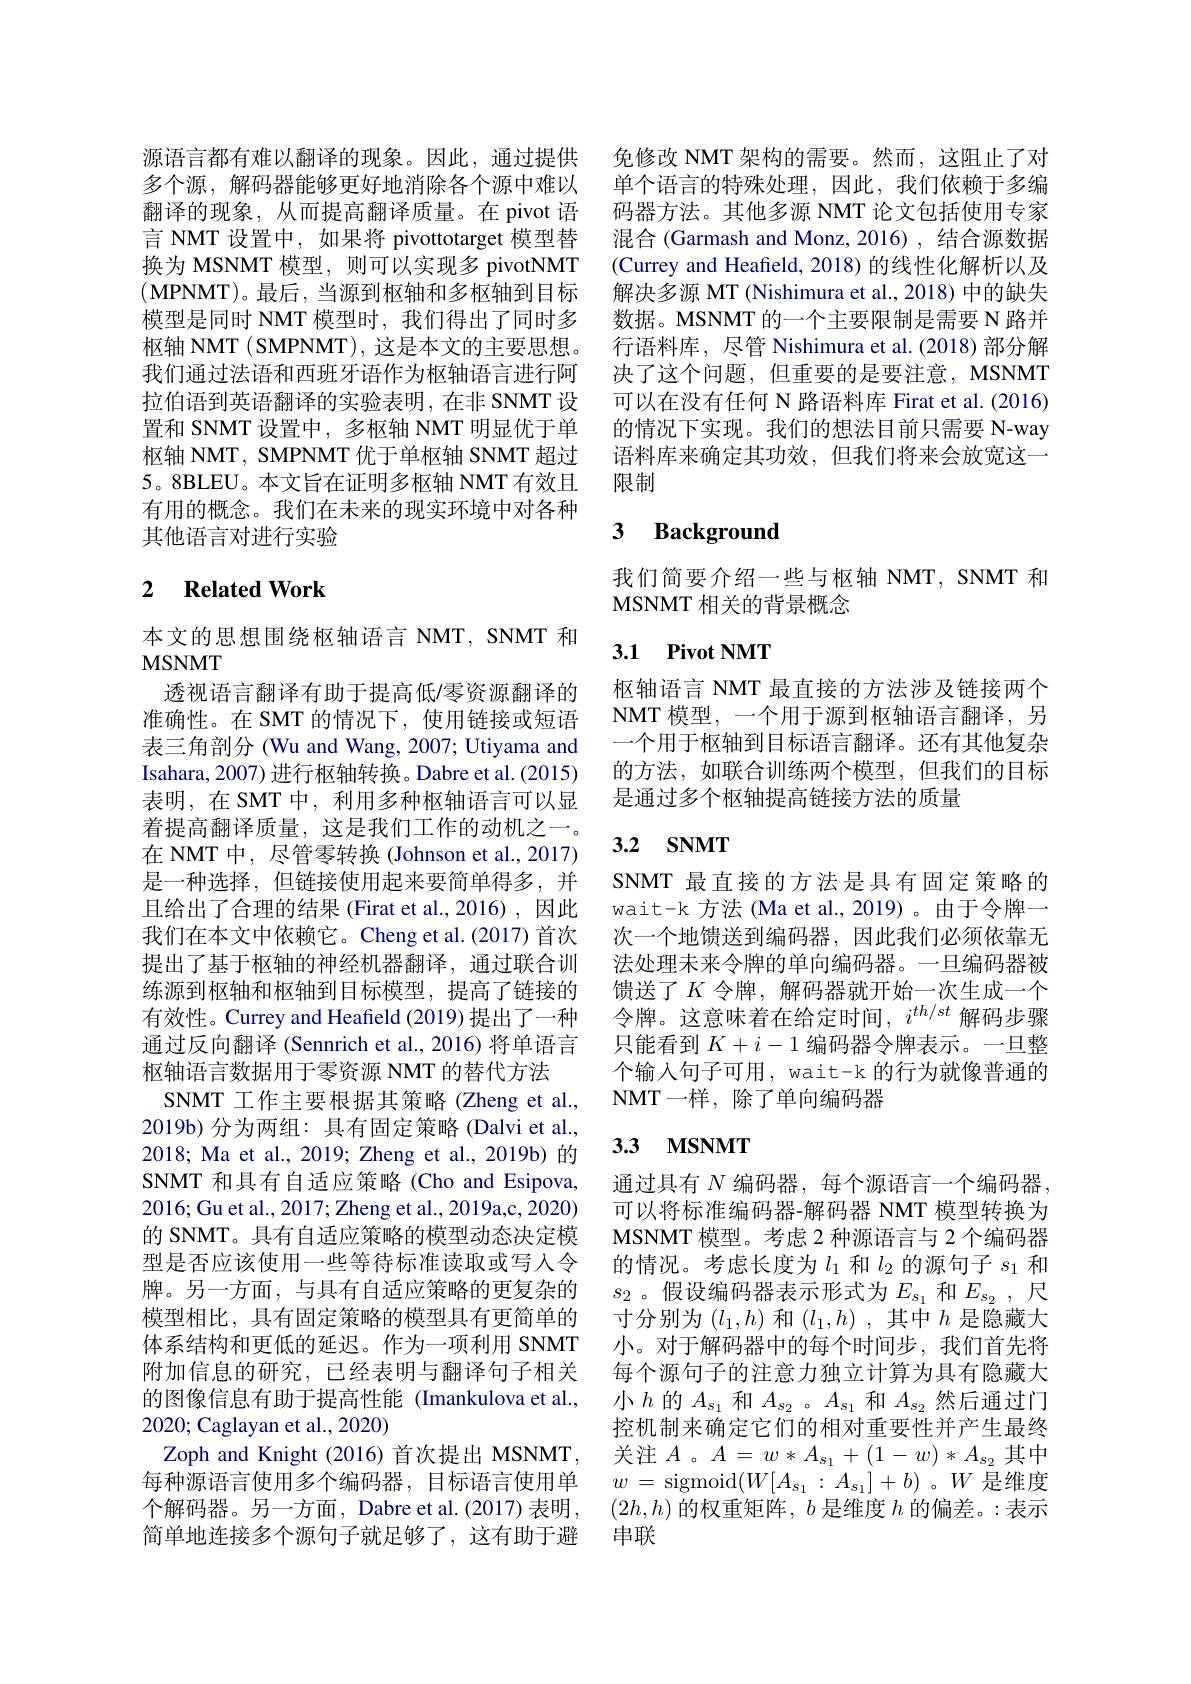
源语言都有难以翻译的现象。因此，通过提供多个源，解码器能够更好地消除各个源中难以翻译的现象，从而提高翻译质量。在 pivot 语言 NMT 设置中，如果将 pivottotarget 模型替换为 MSNMT 模型，则可以实现多 pivotNMT $(\mathbf{MPNMT})$。最后，当源到枢轴和多枢轴到目标模型是同时 NMT 模型时，我们得出了同时多枢轴 NMT ( SMPNMT), 这是本文的主要思想。我们通过法语和西班牙语作为枢轴语言进行阿拉伯语到英语翻译的实验表明，在非 SNMT 设置和 SNMT 设置中，多枢轴 NMT 明显优于单枢轴 NMT, SMPNMT 优于单枢轴 SNMT 超过5。8BLEU。本文旨在证明多枢轴 NMT 有效且有用的概念。我们在未来的现实环境中对各种其他语言对进行实验

## 2 $\textbf{Related Work}$

本文的思想围绕枢轴语言 NMT, SNMT 和
MSNMT
透视语言翻译有助于提高低/零资源翻译的准确性。在 SMT 的情况下，使用链接或短语表三角剖分 (Wu and Wang, 2007; Utiyama and Isahara, 2007) 进行枢轴转换。Dabre et al. (2015) 表明，在 SMT 中，利用多种枢轴语言可以显着提高翻译质量，这是我们工作的动机之一。在 NMT 中，尽管零转换 (Johnson et al., 2017) 是一种选择，但链接使用起来要简单得多，并且给出了合理的结果 (Firat et al.,2016),因此我们在本文中依赖它。Cheng et al.(2017) 首次提出了基于枢轴的神经机器翻译，通过联合训练源到枢轴和枢轴到目标模型，提高了链接的有效性。Currey and Heafield (2019) 提出了一种通过反向翻译 (Sennrich et al., 2016) 将单语言枢轴语言数据用于零资源 NMT 的替代方法
SNMT 工作主要根据其策略(Zheng et al., 2019b)分为两组：具有固定策略(Dalvi et al., 2018; Ma et al., 2019; Zheng et al., 2019b)的SNMT 和具有自适应策略(Cho and Esipova, 2016;Gu et al., 2017; Zheng et al., 2019a,c, 2020) 的 SNMT。具有自适应策略的模型动态决定模型是否应该使用一些等待标准读取或写人令牌。另一方面，与具有自适应策略的更复杂的模型相比，具有固定策略的模型具有更简单的体系结构和更低的延迟。作为一项利用 SNMT 附加信息的研究，已经表明与翻译句子相关的图像信息有助于提高性能 (Imankulova et al., 2020; Caglayan et al., 2020)
Zoph and Knight (2016) 首次提出 MSNMT, 每种源语言使用多个编码器，目标语言使用单个解码器。另一方面，Dabre et al.(2017) 表明， 简单地连接多个源句子就足够了，这有助于避

免修改 NMT 架构的需要。然而，这阻止了对单个语言的特殊处理，因此，我们依赖于多编码器方法。其他多源 NMT 论文包括使用专家混合 (Garmash and Monz, 2016) , 结合源数据(Currey and Heafield, 2018) 的线性化解析以及解决多源 MT (Nishimura et al., 2018) 中的缺失数据。MSNMT 的一个主要限制是需要 N 路并行语料库，尽管 Nishimura et al.(2018)部分解决了这个问题，但重要的是要注意，MSNMT 可以在没有任何 N 路语料库 Firat et al. (2016) 的情况下实现。我们的想法目前只需要 N-way 语料库来确定其功效，但我们将来会放宽这一限制

## 3 Background

我们简要介绍一些与枢轴 NMT, SNMT 和
MSNMT 相关的背景概念

## 3.1 Pivot NMT

枢轴语言 NMT 最直接的方法涉及链接两个NMT 模型，一个用于源到枢轴语言翻译，另一个用于枢轴到目标语言翻译。还有其他复杂的方法，如联合训练两个模型，但我们的目标是通过多个枢轴提高链接方法的质量

## 3.2 $\mathbf{SNMT}$

SNMT 最直接的方法是具有固定策略的wait-k 方法 (Ma et al., 2019)。由于令牌一次一个地馈送到编码器，因此我们必须依靠无法处理未来令牌的单向编码器。一旦编码器被馈送了$K$ 令牌，解码器就开始一次生成一个令牌。这意味着在给定时间，$i^th/st$解码步骤只能看到$K+i-1$编码器令牌表示。一旦整个输入句子可用，wait-k 的行为就像普通的NMT一样，除了单向编码器

## 3.3 $\mathbf{MSNMT}$

通过具有 $N$ 编码器，每个源语言一个编码器， 可以将标准编码器-解码器 NMT 模型转换为MSNMT 模型。考虑 2 种源语言与 2 个编码器的情况。考虑长度为$l_1$和$l_2$的源句子$s_1$和$s_2$。假设编码器表示形式为$E_s_1$ 和$E_{s_2}$,尺寸分别为$(l_1,h)$和$(l_1,h)$ ,其中$\bar{h}$ 是 隐 藏 大 小。对于解码器中的每个时间步，我们首先将每个源句子的注意力独立计算为具有隐藏大小$h$ 的$A_s_1$ 和$A_{s_2}$。$A_{s_1}$ 和$A_{s_2}$然后通过门控机制来确定它们的相对重要性并产生最终关注$A$ 。$A=w*A_{s_1}+(1-w)*A_{s_2}$其中$w$ = sigmoid$( W[ A_{s_1}$ : $A_{s_1}] + b)$ $。W$是维度$(2h,h)$的权重矩阵，$b$是维度$h$的偏差。:表示串联